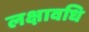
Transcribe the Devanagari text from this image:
लक्षावधि